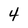
Character: 4